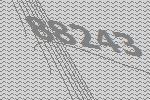
88243